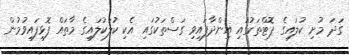
ގަދަ މުށި ކުލައިގެ ޕޮޓްތަކުގައި އިންދާފައިވި ގަސްތަކުގައި އެކި ކުލަކުލައިގެ މާތައް ފޮޅިފައިވުމުން